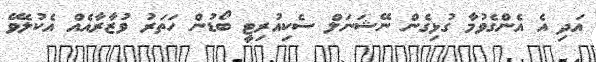
އަދި އެ އެންގެވުމާ ގުޅިގެން ނޭޝަނަލް ސެކިއުރިޓީ ބޯޑުން ހަތަރު ވުޒާރާއެއް އެކުލެވޭ